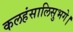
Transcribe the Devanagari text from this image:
कलहंसालिसुभगे।